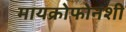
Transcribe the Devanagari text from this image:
मायक्रोफोनशी